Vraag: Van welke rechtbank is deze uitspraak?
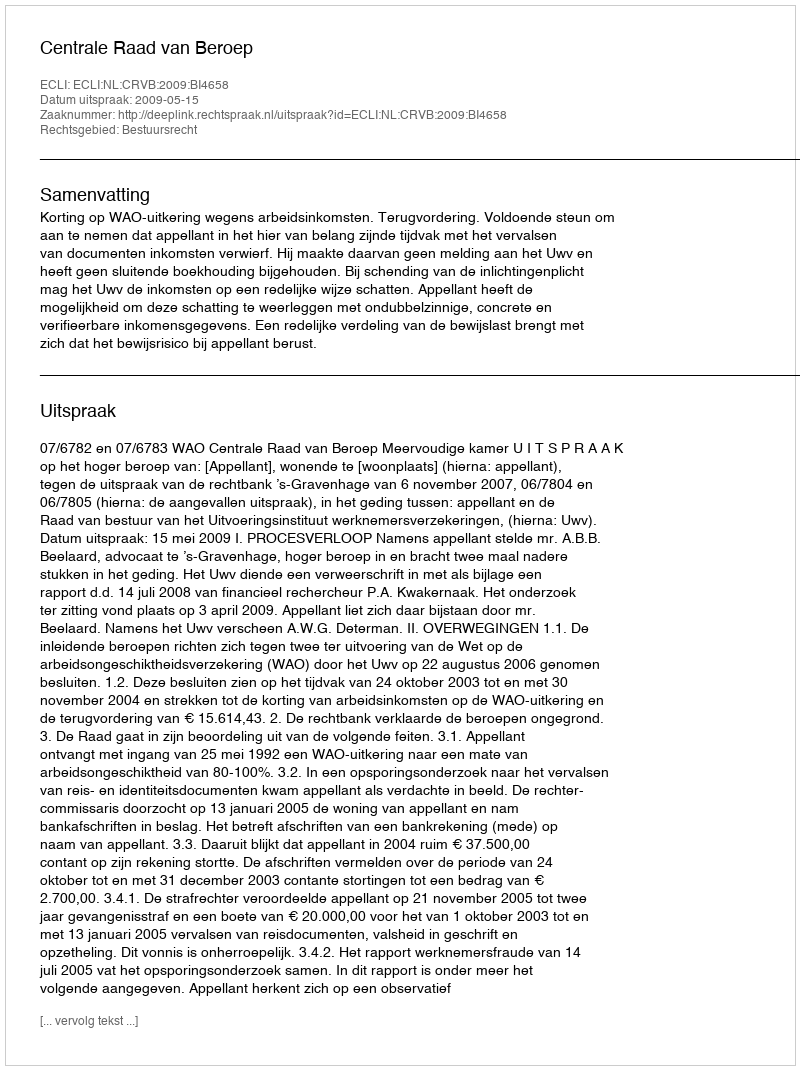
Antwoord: Centrale Raad van Beroep